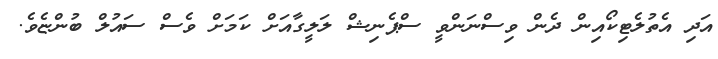
އަދި އެތުލެޓިކޯއިން ދެން ވިސްނަންވީ ސްޕެނިޝް ލަލީގާއަށް ކަމަށް ވެސް ސައުލް ބުންޏެވެ.